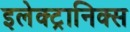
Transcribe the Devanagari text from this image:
इलेक्ट्रानिक्‍स